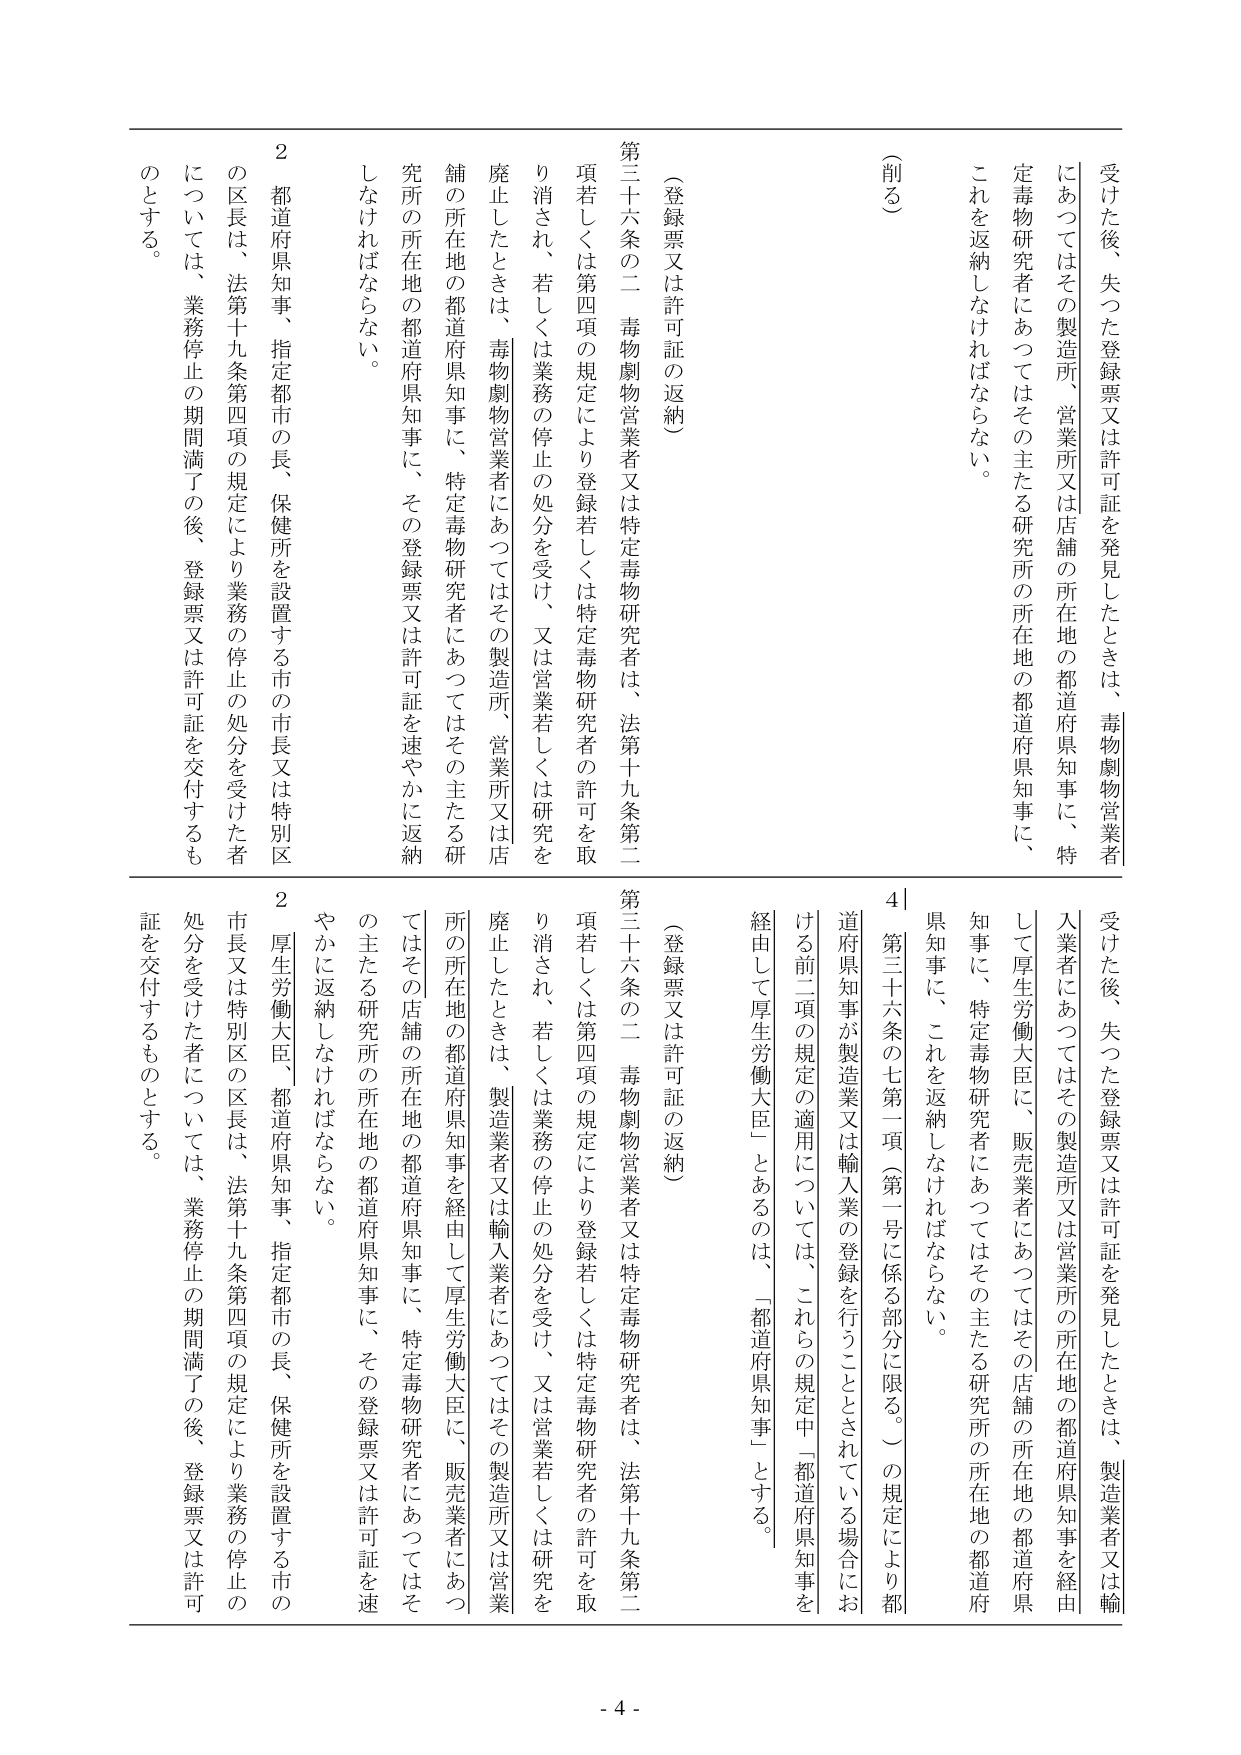
受けた後、失った登録票又は許可証を発見したときは、毒物劇物営業者にあってはその製造所、営業所又は店舗の所在地の都道府県知事に、特定毒物研究者にあってはその主たる研究所の所在地の都道府県知事に、これを返納しなければならない。

（削る）

第三十六条の二 毒物劇物営業者又は特定毒物研究者は、法第十九条第二項若しくは第四項の規定により登録若しくは特定毒物研究者の許可を取り消され、若しくは業務の停止の処分を受け、又は営業若しくは研究を廃止したときは、毒物劇物営業者にあってはその製造所、営業所又は店舗の所在地の都道府県知事に、特定毒物研究者にあってはその主たる研究所の所在地の都道府県知事に、その登録票又は許可証を速やかに返納しなければならない。

２ 都道府県知事、指定都市の長、保健所を設置する市の市長又は特別区の区長は、法第十九条第四項の規定により業務の停止の処分を受けた者については、業務停止の期間満了の後、登録票又は許可証を交付するものとする。

受けた後、失った登録票又は許可証を発見したときは、製造業者又は輸入業者にあってはその製造所又は営業所の所在地の都道府県知事を経由して厚生労働大臣に、販売業者にあってはその店舗の所在地の都道府県知事に、特定毒物研究者にあってはその主たる研究所の所在地の都道府県知事に、これを返納しなければならない。

４ 第三十六条の七第一項（第一号に係る部分に限る。）の規定により都道府県知事が製造業又は輸入業の登録を行うこととされている場合における前二項の規定の適用については、これらの規定中「都道府県知事を経由して厚生労働大臣」とあるのは、「都道府県知事」とする。

（登録票又は許可証の返納）

第三十六条の二 毒物劇物営業者又は特定毒物研究者は、法第十九条第二項若しくは第四項の規定により登録若しくは特定毒物研究者の許可を取り消され、若しくは業務の停止の処分を受け、又は営業若しくは研究を廃止したときは、製造業者又は輸入業者にあってはその製造所又は営業所の所在地の都道府県知事を経由して厚生労働大臣に、販売業者にあってはその店舗の所在地の都道府県知事に、特定毒物研究者にあってはその主たる研究所の所在地の都道府県知事に、その登録票又は許可証を速やかに返納しなければならない。

２ 厚生労働大臣、都道府県知事、指定都市の長、保健所を設置する市の市長又は特別区の区長は、法第十九条第四項の規定により業務の停止の処分を受けた者については、業務停止の期間満了の後、登録票又は許可証を交付するものとする。

- 4 -